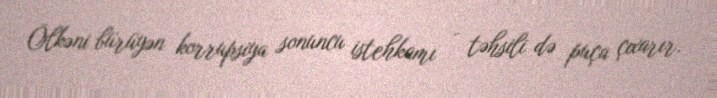
Ölkəni bürüyən korrupsiya sonuncu istehkamı - təhsili də puça çıxarır.